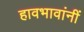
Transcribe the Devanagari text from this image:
हावभावांनीं